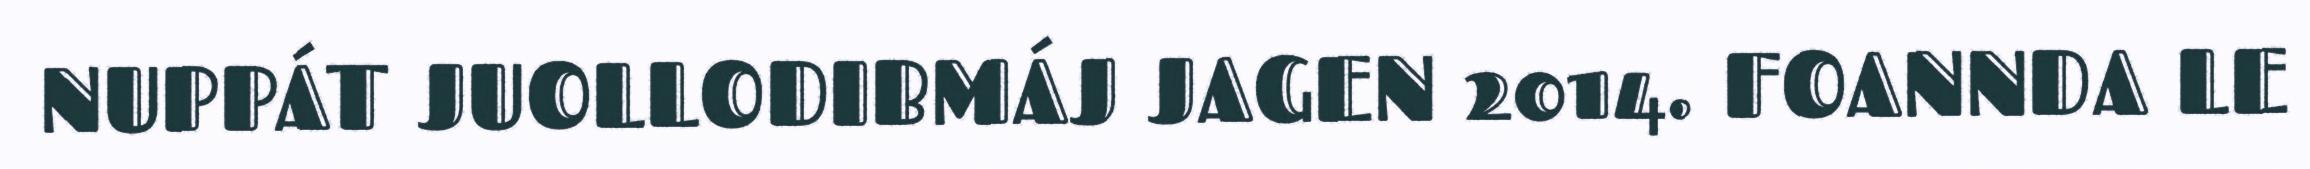
NUPPÁT JUOLLODIBMÁJ JAGEN 2014. FOANNDA LE